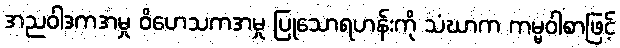
အညဝါဒကအမှု ဝိဟေသကအမှု ပြုသောရဟန်းကို သံဃာက ကမ္မဝါစာဖြင့်